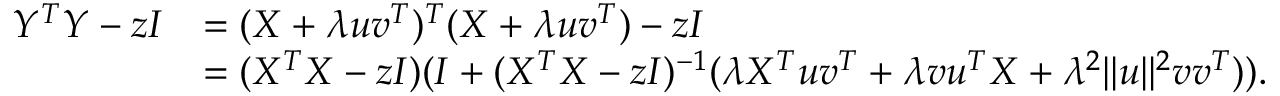
\begin{array} { r l } { Y ^ { T } Y - z I } & { = ( X + \lambda { \boldsymbol u } { \boldsymbol v } ^ { T } ) ^ { T } ( X + \lambda { \boldsymbol u } { \boldsymbol v } ^ { T } ) - z I } \\ & { = ( X ^ { T } X - z I ) ( I + ( X ^ { T } X - z I ) ^ { - 1 } ( \lambda X ^ { T } { \boldsymbol u } { \boldsymbol v } ^ { T } + \lambda { \boldsymbol v } { \boldsymbol u } ^ { T } X + \lambda ^ { 2 } \| { \boldsymbol u } \| ^ { 2 } { \boldsymbol v } { \boldsymbol v } ^ { T } ) ) . } \end{array}